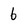
Character: 6